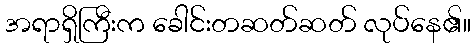
အရာရှိကြီးက ခေါင်းတဆတ်ဆတ် လုပ်နေ၏။